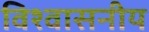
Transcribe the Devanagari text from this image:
विश्‍वासनीय